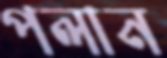
পলান